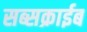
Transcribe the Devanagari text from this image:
सब्सक्राईब